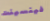
فينسينت